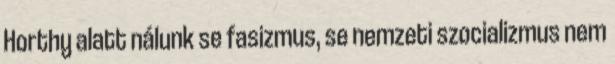
Horthy alatt nálunk se fasizmus, se nemzeti szocializmus nem